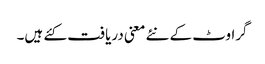
گراوٹ کے نئے معنی دریافت کئے ہیں۔